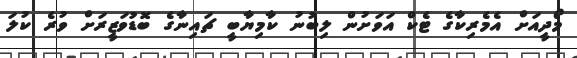
މޯދީއަށް އެމެރިކާގެ ޓެކް އަވަށުން ލިބުނު ކާމިޔާބީ ޗައިނާގެ ބޮޑުވަޒީރަށް ވުރެ ކުލަ